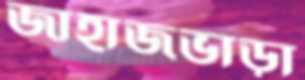
জাহাজভাড়া